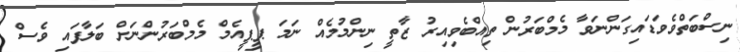
ނިސްބަތްވެވަޑައިގަންނަވާ މެމްބަރުން ތިއްބެވިއިރު ޒާތީ ނިންމުމެއް ނަމަ ޕީޕީއެމް މެމްބަރުންނަށް ބަލާފައި ވެސް